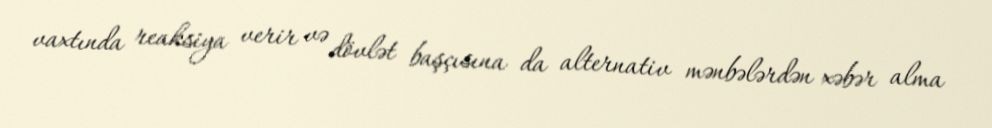
vaxtında reaksiya verir və dövlət başçısına da alternativ mənbələrdən xəbər alma